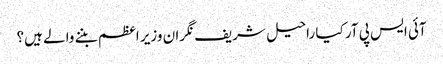
آئی ایس پی آر کیا راحیل شریف نگران وزیر اعظم بننے والے ہیں؟